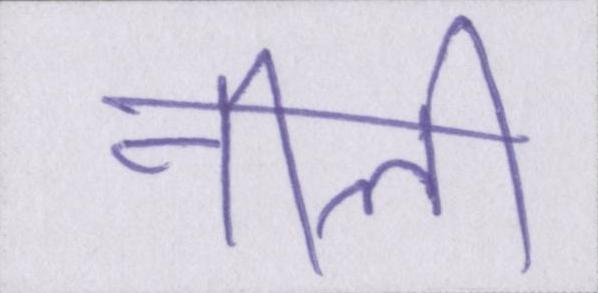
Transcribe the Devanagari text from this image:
नीली